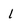
Character: l